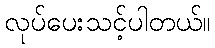
လုပ်ပေးသင့်ပါတယ်။